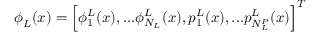
\boldsymbol { \phi } _ { L } ( \boldsymbol { x } ) = \left[ \phi _ { 1 } ^ { L } ( \boldsymbol { x } ) , . . . \phi _ { N _ { L } } ^ { L } ( \boldsymbol { x } ) , p _ { 1 } ^ { L } ( \boldsymbol { x } ) , . . . p _ { N _ { L } ^ { P } } ^ { L } ( \boldsymbol { x } ) \right] ^ { T }